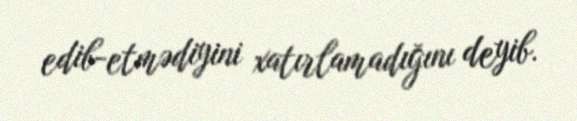
edib-etmədiyini xatırlamadığını deyib.